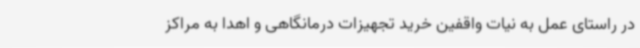
در راستای عمل به نیات واقفین خرید تجهیزات درمانگاهی و اهدا به مراکز